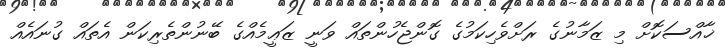
ޚާއްސަކޮށް މި ޒަމާނުގެ ރަށްވެހިކަމުގެ ގޮންޖެހުންތައް ވަނީ ޒަޢީމެއްގެ ބޭނުންތެރިކަން އެތައް ގުނައެއް